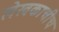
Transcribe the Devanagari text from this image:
लेखकाचीच